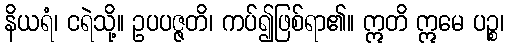
နိယရံ၊ ငရဲသို့။ ဥပပဇ္ဇတိ၊ ကပ်၍ဖြစ်ရာ၏။ ဣတိ ဣမေ ပဉ္စ၊